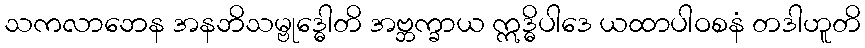
သကလာဘေန အနဘိသမ္ဗုဒ္ဓေါတိ အဗ္ဘက္ခာယ ဣဒ္ဓိပါဒေ ယထာပါဝစနံ တဒါဟူတိ